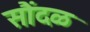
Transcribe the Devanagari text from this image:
सौंदळ